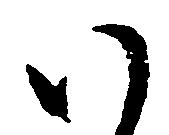
い